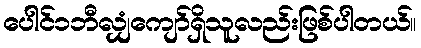
ပေါင်၁ဘီလျှံကျော်ရှိသူလည်းဖြစ်ပါတယ်။